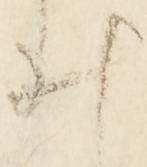
ゐ